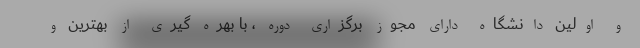
و اولین دانشگاه دارای مجوز برگزاری دوره ، با بهره گیری از بهترین و